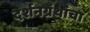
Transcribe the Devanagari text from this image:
दर्शनग्रंथांचा